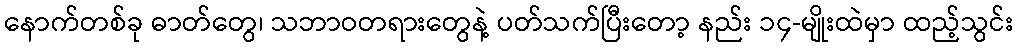
နောက်တစ်ခု ဓာတ်တွေ၊ သဘာဝတရားတွေနဲ့ ပတ်သက်ပြီးတော့ နည်း ၁၄-မျိုးထဲမှာ ထည့်သွင်း